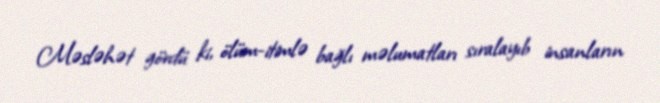
Məsləhət gördü ki, ölüm-itimlə bağlı məlumatları sıralayıb insanların